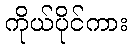
ကိုယ်ပိုင်ကား